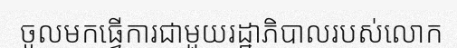
ចូលមកធ្វើការជាមួយរដ្ឋាភិបាលរបស់លោក